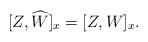
LaTeX: \begin{align*} [Z,\widehat{W}]_x = [Z, W]_x. \end{align*}